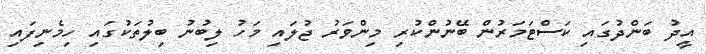
އީދު ބަންދުގައި ކަސްޓަމަރުން ބޭނުންކުރި މިންވަރު ޖުލައި މަހު ލިބުނު ބިލުތަކުގައި ހިމެނިފައި